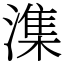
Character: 潗